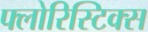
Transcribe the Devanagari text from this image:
फ्लोरिस्टिक्स